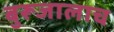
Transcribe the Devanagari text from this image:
बुरूजालाच